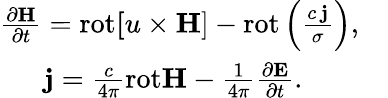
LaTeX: \begin{array}{r}{\frac{\partial{\mathbf H}}{\partial t}=\mathrm{rot}{\mathbf[u\times{\mathbf H}]}-\mathrm{rot}\left(\frac{c\, {\mathbf j}}{\sigma}\right),\quad}\\ {{\mathbf j}=\frac{c}{4\pi}\mathrm{rot}{\mathbf H}-\frac{1}{4\pi}\frac{\partial{\mathbf E}}{\partial t}.\qquad\quad}\end{array}